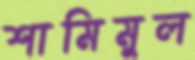
শামিমুল